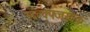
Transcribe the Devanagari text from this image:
स्दल्क्फ्जस्क्ल